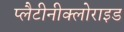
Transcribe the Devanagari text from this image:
प्लैटीनीक्लोराइड